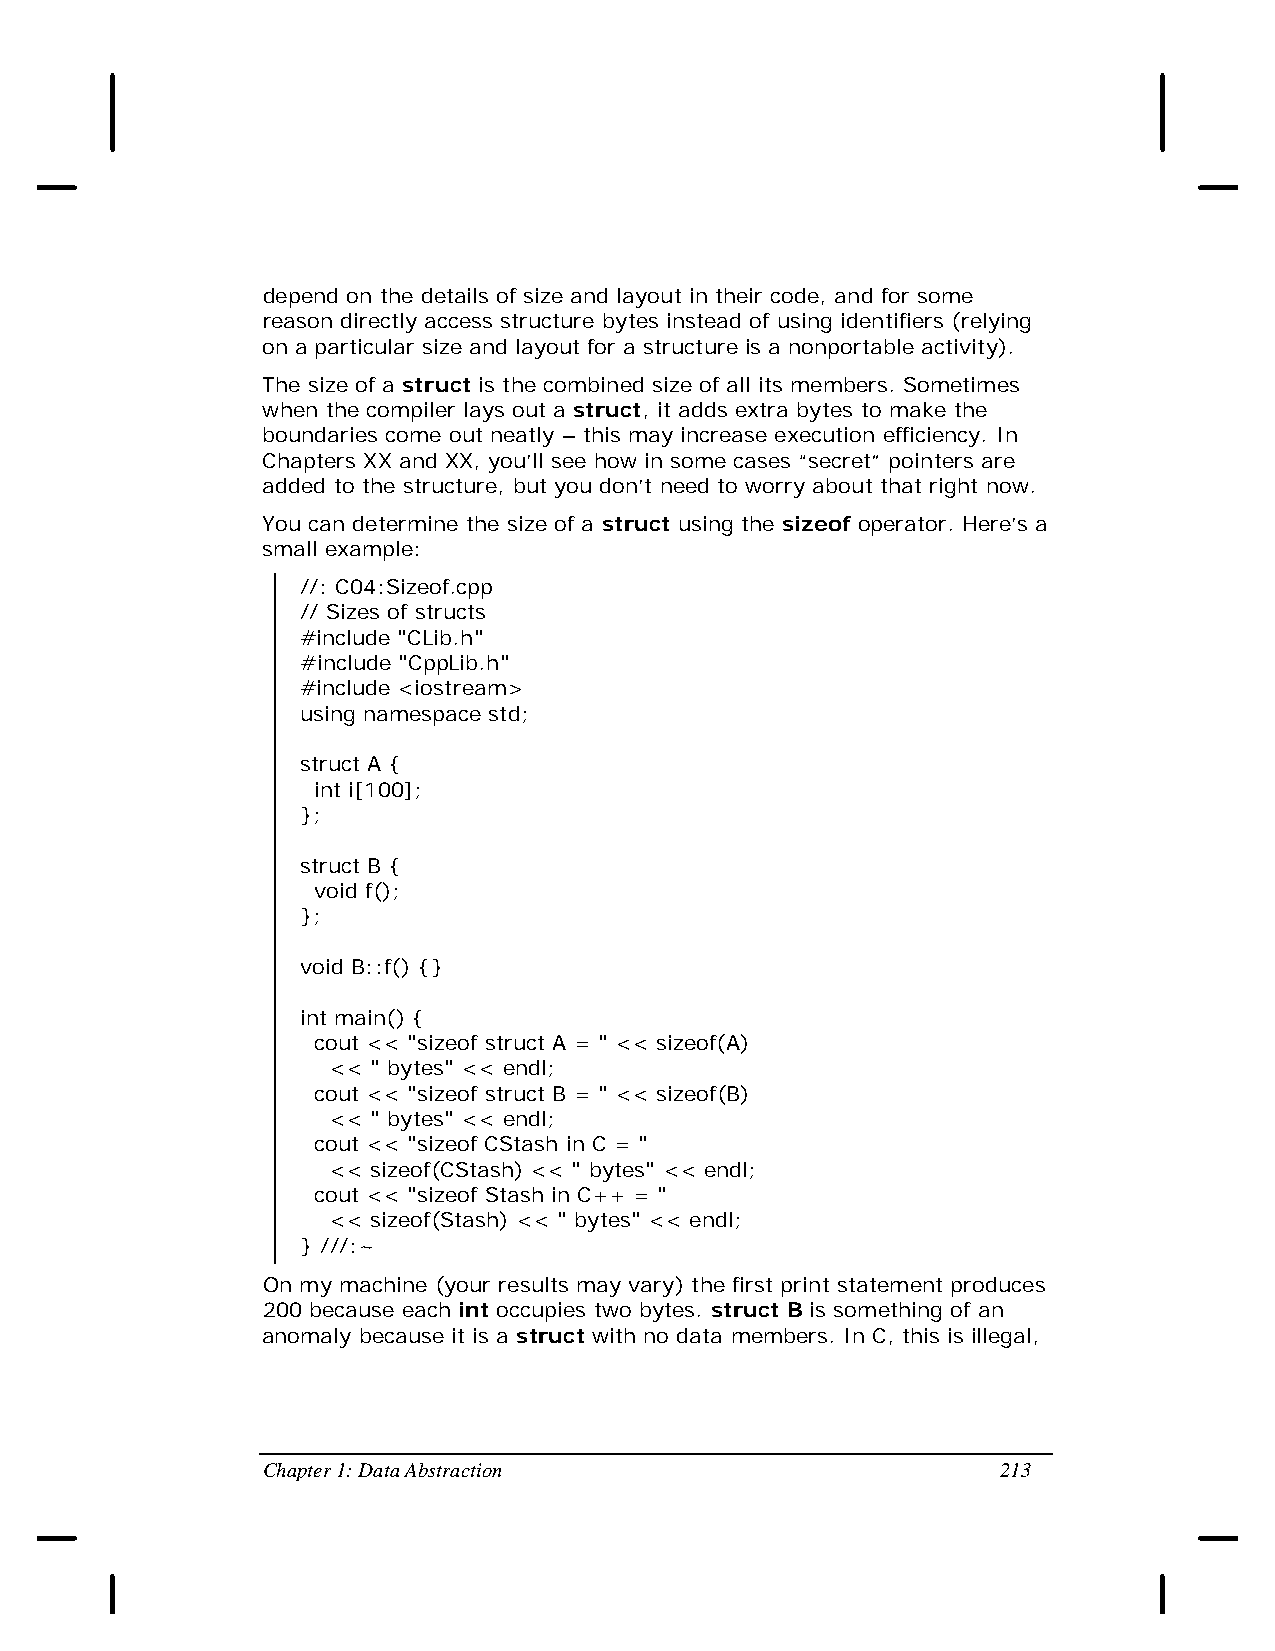
depend on the details of size and layout in their code, and for some
 reason directly access structure bytes instead of using identifiers (relying
 on a particular size and layout for a structure is a nonportable activity).
 The size of a struct is the combined size of all its members. Sometimes
 when the compiler lays out a struct, it adds extra bytes to make the
 boundaries come out neatly – this may increase execution efficiency. In
 Chapters XX and XX, you’ll see how in some cases “secret” pointers are
 added to the structure, but you don’t need to worry about that right now.
 You can determine the size of a struct using the sizeof operator. Here’s a
 small example:
 //: C04:Sizeof.cpp
 // Sizes of structs
 #include "CLib.h"
 #include "CppLib.h"
 #include <iostream>
 using namespace std;
 struct A {
 int i[100];
 };
 struct B {
 void f();
 };
 void B::f() {}
 int main() {
 cout << "sizeof struct A = " << sizeof(A)
 << " bytes" << endl;
 cout << "sizeof struct B = " << sizeof(B)
 << " bytes" << endl;
 cout << "sizeof CStash in C = "
 << sizeof(CStash) << " bytes" << endl;
 cout << "sizeof Stash in C++ = "
 << sizeof(Stash) << " bytes" << endl;
 } ///:~
 On my machine (your results may vary) the first print statement produces
 200 because each int occupies two bytes. struct B is something of an
 anomaly because it is a struct with no data members. In C, this is illegal,
 Chapter 1: Data Abstraction                      213